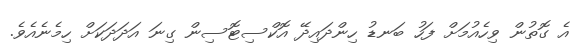
އެ ގޮތުން ވިހެއުމަށް ފަހު ބަނޑު ހިންދައިދޭ އޮކްސިޓޮސިން ގިނަ އަދަދަކަށް ހިމެނެއެވެ.